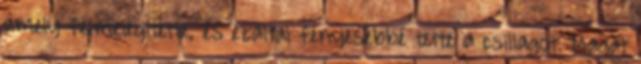
amely felmelegítette, és ezáltal fényesebbé tette a csillagot. Magát